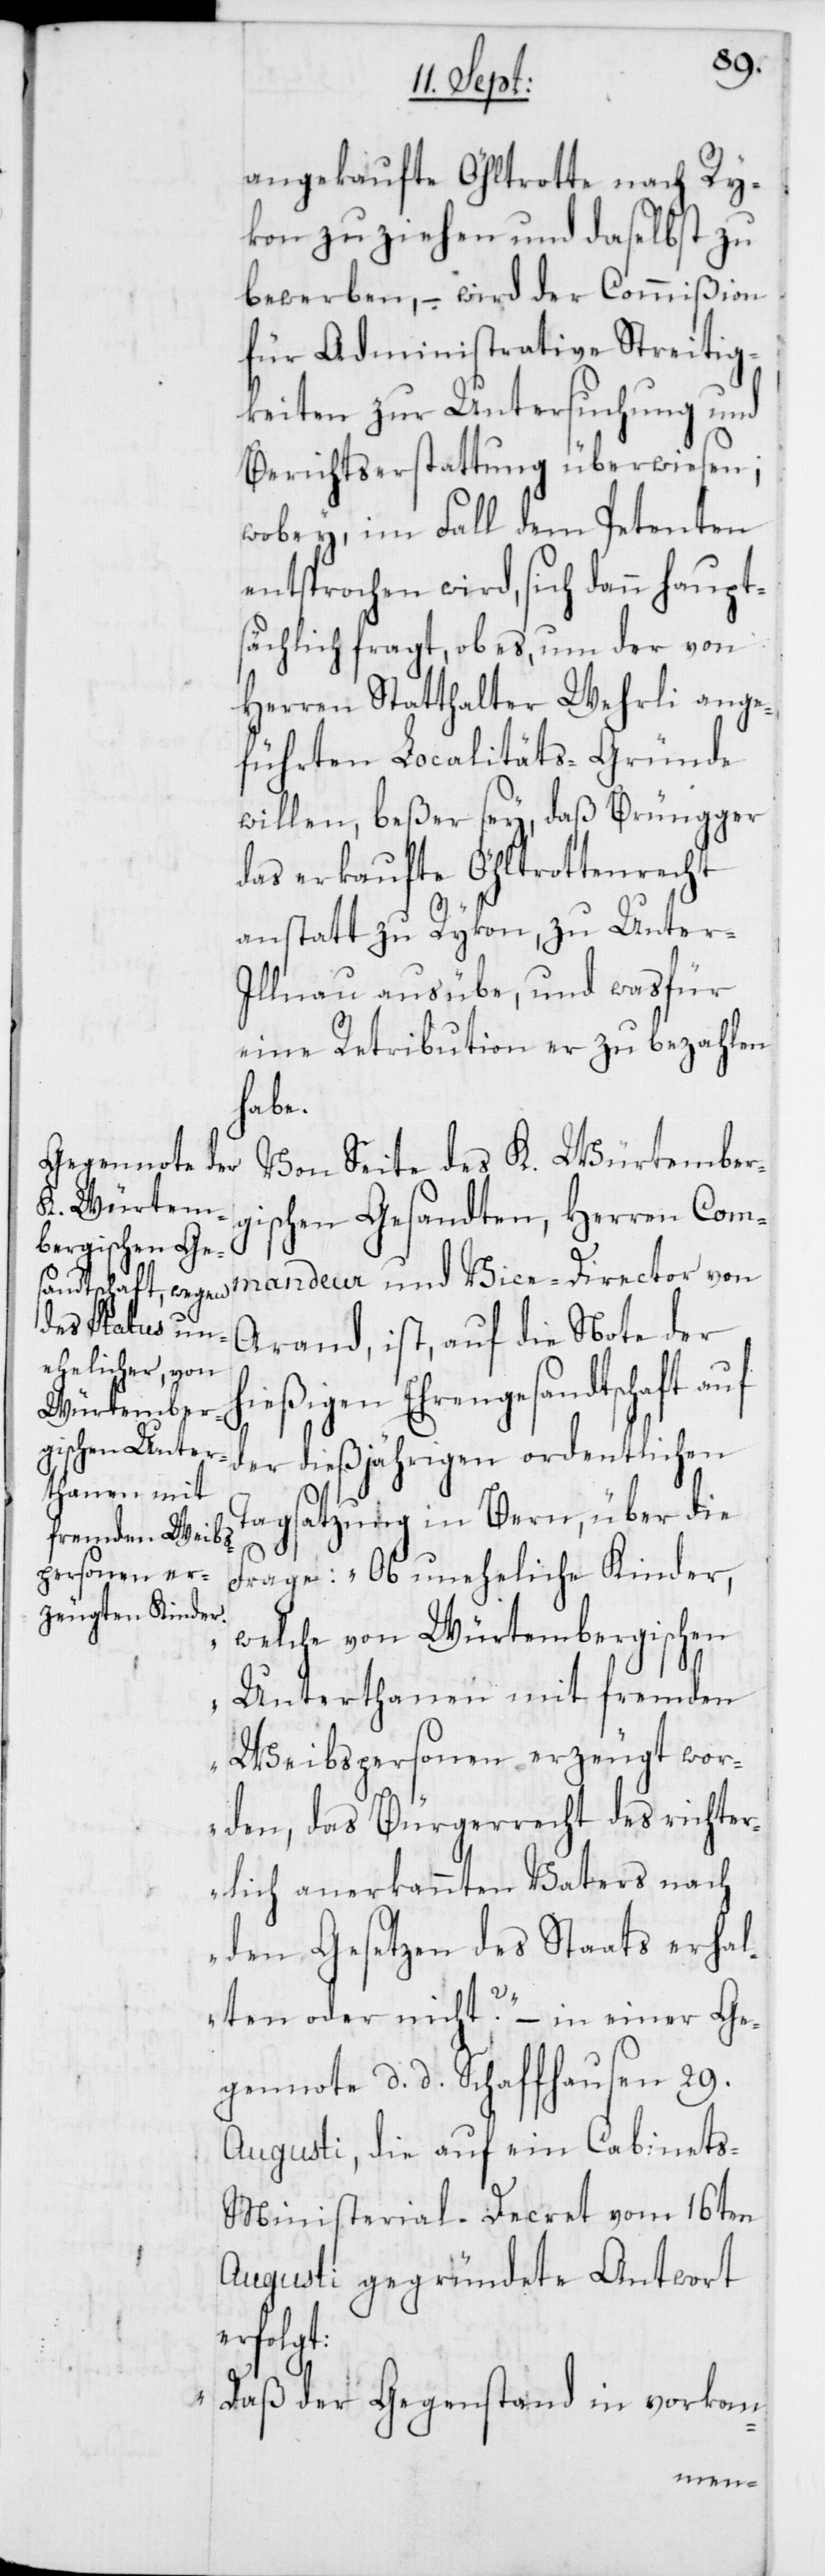
h¬

angekaufte Öhltrotte nach Ry¬
kon zu ziehen und daselbst zu
bewerben, – wird der Commißion
für Administrative Streitig¬
keiten zur Untersuchung und
Berichtserstattung überwiesen,
wobey, im Fall dem Petenten
entsprochen wird, sich dann haupt¬
sächlich fragt, ob es, um der von
Herren Statthalter Wehrli ange¬
führten Localitäts-Gründe
willen, beßer sey, daß Brüngger
das erkaufte Öhltrottenrecht
anstatt zu Rykon, zu Unter-I¬
llnau ausübe, und wasfür
eine Retribution er zu bezahlen
habe.
Von Seite des K. Würtember¬
gischen Gesandten, Herren Com¬
mandeur und Vice-Director von
Arand, ist, auf die Note der
ießigen Ehrengesandtschaft
der dießjährigen ordentlichen
Tagsatzung in Bern, über die
Frage: „Ob uneheliche Kinder,
welche von Würtembergischen
Unterthanen mit fremden
Weibspersonen erzeugt wor¬
den, das Bürgerrecht des richter¬
lich anerkannten Vaters nach
den Gesetzen des Staats erhal¬
ten oder nicht?“ – in einer Ge¬
gennote, d. d. Schaffhausen 29.
Augusti, die auf ein Cabinet¬
s-Ministerial-Decret vom 16ten
Augusti gegründete Antwort
erfolgt:
„Daß der Gegenstand in vorkom-